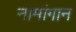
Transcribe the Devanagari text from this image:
नामांगान